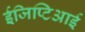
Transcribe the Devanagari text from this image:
ईजिप्टिआई